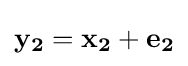
\mathbf {y_{2}} =\mathbf {x_{2}} +\mathbf {e_{2}}